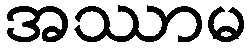
အဿာမ